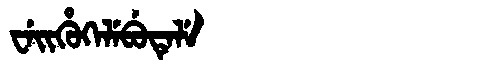
Manchu: ᠸᡝᡳᡥᡠᡴᡝᠯᡝᠪᡠᡨᡝᠯᡝ
Romanization: WEIHUKELEBUTELE